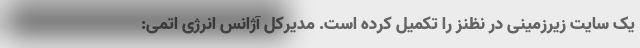
یک سایت زیرزمینی در نظنز را تکمیل کرده است. مدیرکل آژانس انرژی اتمی: